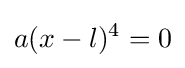
a(x-l)^{4}=0